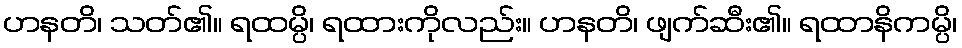
ဟနတိ၊ သတ်၏။ ရထမ္ပိ၊ ရထားကိုလည်း။ ဟနတိ၊ ဖျက်ဆီး၏။ ရထာနိကမ္ပိ၊